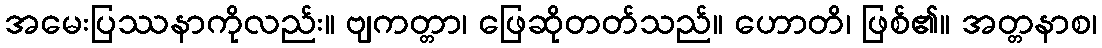
အမေးပြဿနာကိုလည်း။ ဗျကတ္တာ၊ ဖြေဆိုတတ်သည်။ ဟောတိ၊ ဖြစ်၏။ အတ္တနာစ၊